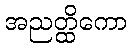
အညတ္ထိကော